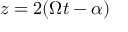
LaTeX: z = 2 ( \Omega t - \alpha )